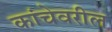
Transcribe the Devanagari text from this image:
कांचेवरील